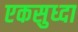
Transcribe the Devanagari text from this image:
एकसुध्दा